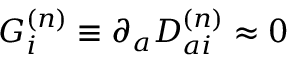
{ \cal G } _ { i } ^ { ( n ) } \equiv \partial _ { a } D _ { a i } ^ { ( n ) } \approx 0